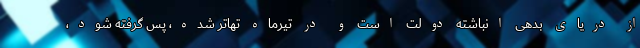
از دریای بدهی انباشته دولت است و در تیرماه تهاتر شده، پس گرفته شود،